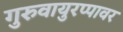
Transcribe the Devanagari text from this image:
गुरुवायुरप्पावर